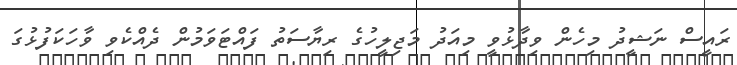
ރައީސް ނަޝީދު މިހެން ވިދާޅުވީ މިއަދު މަޖިލީހުގެ ރިޔާސަތު ފައްޓަވަމުން ދެެެއްކެވި ވާހަކަފުޅުގަ